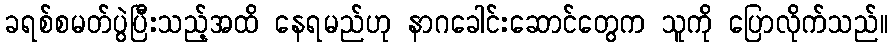
ခရစ်စမတ်ပွဲပြီးသည့်အထိ နေရမည်ဟု နာဂခေါင်းဆောင်တွေက သူကို ပြောလိုက်သည်။